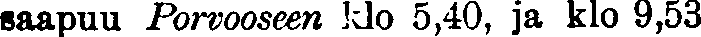
saapuu Porvooseen klo 5,40, ja klo 9,53